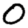
Digit: 0